system: You are a helpful assistant.
user:
Analyze the provided spectrum to determine if it is a **"Cataclysmic Variables (CV)"**.

- **Key Indicators for CV (Check for either state):**
    - **State 1: Quiescent / Low-State (Emission-Dominated)**
        - **(Primary):** Strong and *very broad* Hydrogen Balmer emission lines (e.g., $H\alpha$ at 6563 Å, $H\beta$ at 4861 Å). The 'broadness' (high velocity dispersion, often FWHM > 1000 km/s) is the key diagnostic, indicating a high-velocity accretion disk.
        - **(Secondary):** Broad neutral Helium (He I) emission lines (e.g., 5876 Å, 6678 Å).
        - **(Key Confirmation):** Presence of high-excitation *ionized* Helium (He II) emission at 4686 Å. This is a strong indicator of accretion onto a white dwarf.
        - **(Line Profile):** Emission lines may exhibit a 'double-peaked' profile, which is a classic signature of a rotating accretion disk viewed at high inclination.

    - **State 2: Outburst / High-State (Absorption-Dominated)**
        - **(Primary):** Spectrum is dominated by a bright, blue continuum (looks like a hot star).
        - **(Secondary):** The emission lines from State 1 are weak, absent, or 'filled in', and are replaced by broad, shallow *absorption* lines (primarily Balmer and He I).
        - **(Morphology):** The overall spectrum mimics a hot B/A-type star. The crucial difference is that the absorption lines are significantly broader, shallower, and more 'washed-out' (or 'smeared') than the sharp lines of a normal stellar photosphere, due to high rotational speeds and pressure broadening in the disk.

Think first, call **spectral_visualization_tool** if needed to examine features in detail, then provide your final answer. Your response must adhere to the following strict rules:
1.  **Overall Structure:** Your response must follow the format `<think>...</think> <tool_call>...</tool_call> (if a tool is used) <answer>...</answer>`.
2.  **Tool Usage Constraint:** You may only make **one** tool call per turn.
3.  **Final Answer Format:** In the `<answer>` tag, your conclusion must be inside a `\boxed{}` command (e.g., `\boxed{YES}`), followed by your justification.

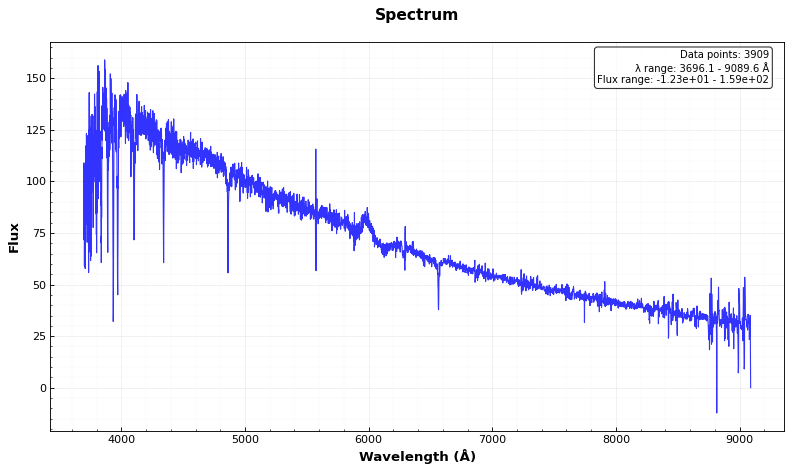
Answer: NO